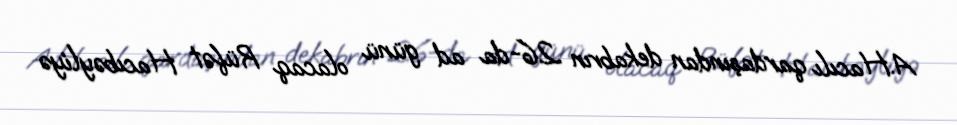
A.Hacılı qardaşından dekabrın 26-da ad günü olacaq Rüfət Hacıbəyliyə